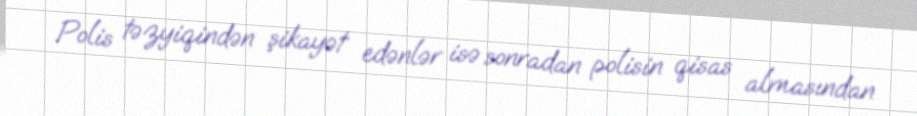
Polis təzyiqindən şikayət edənlər isə sonradan polisin qisas almasından